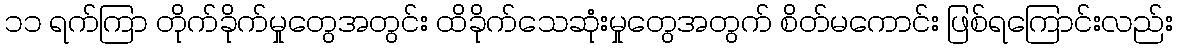
၁၁ ရက်ကြာ တိုက်ခိုက်မှုတွေအတွင်း ထိခိုက်သေဆုံးမှုတွေအတွက် စိတ်မကောင်း ဖြစ်ရကြောင်းလည်း